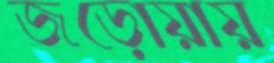
জড়োয়ায়